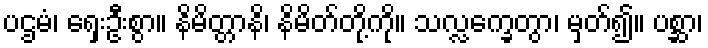
ပဌမံ၊ ရှေးဦးစွာ။ နိမိတ္တာနိ၊ နိမိတ်တို့ကို။ သလ္လက္ခေတွာ၊ မှတ်၍။ ပစ္ဆာ၊